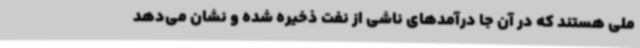
ملی هستند که در آن جا درآمدهای ناشی از نفت ذخیره شده و نشان می‌دهد